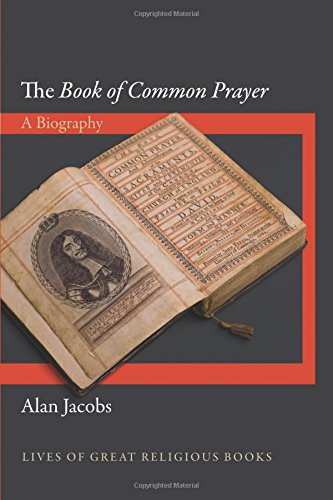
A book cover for The "Book of Common Prayer": A Biography (Lives of Great Religious Books); Alan Jacobs; Christian Books & Bibles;